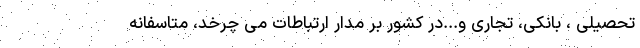
تحصیلی ، بانکی، تجاری و...در کشور بر مدار ارتباطات می چرخد، متاسفانه